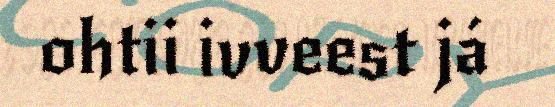
ohtii ivveest já